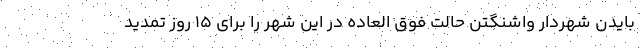
بایدن شهردار واشنگتن حالت فوق العاده در این شهر را برای ۱۵ روز تمدید